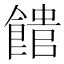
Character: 𩝡